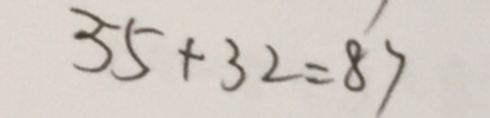
5 5 + 3 2 = 8 7